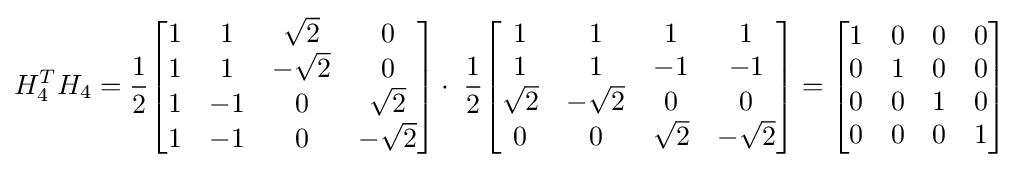
H_{4}^{T}H_{4}={\frac {1}{2}}{\begin{bmatrix}1&1&{\sqrt {2}}&0\\1&1&-{\sqrt {2}}&0\\1&-1&0&{\sqrt {2}}\\1&-1&0&-{\sqrt {2}}\end{bmatrix}}\cdot \;{\frac {1}{2}}{\begin{bmatrix}1&1&1&1\\1&1&-1&-1\\{\sqrt {2}}&-{\sqrt {2}}&0&0\\0&0&{\sqrt {2}}&-{\sqrt {2}}\end{bmatrix}}={\begin{bmatrix}1&0&0&0\\0&1&0&0\\0&0&1&0\\0&0&0&1\end{bmatrix}}